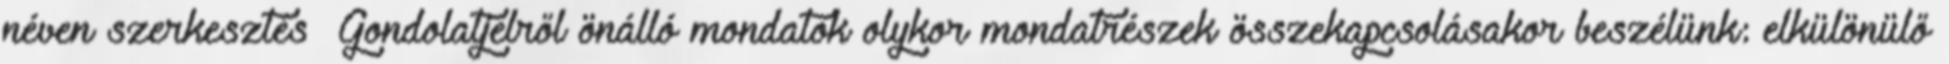
néven szerkesztés Gondolatjelről önálló mondatok olykor mondatrészek összekapcsolásakor beszélünk: elkülönülő